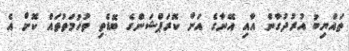
ތައްޔިބު އުރުދުގާން އާއި އޭނާގެ އަށްް ކޮރަޕްޝަންގެ ބޮޑެތި ތުހުމަތުތައް ކޮށް އެ